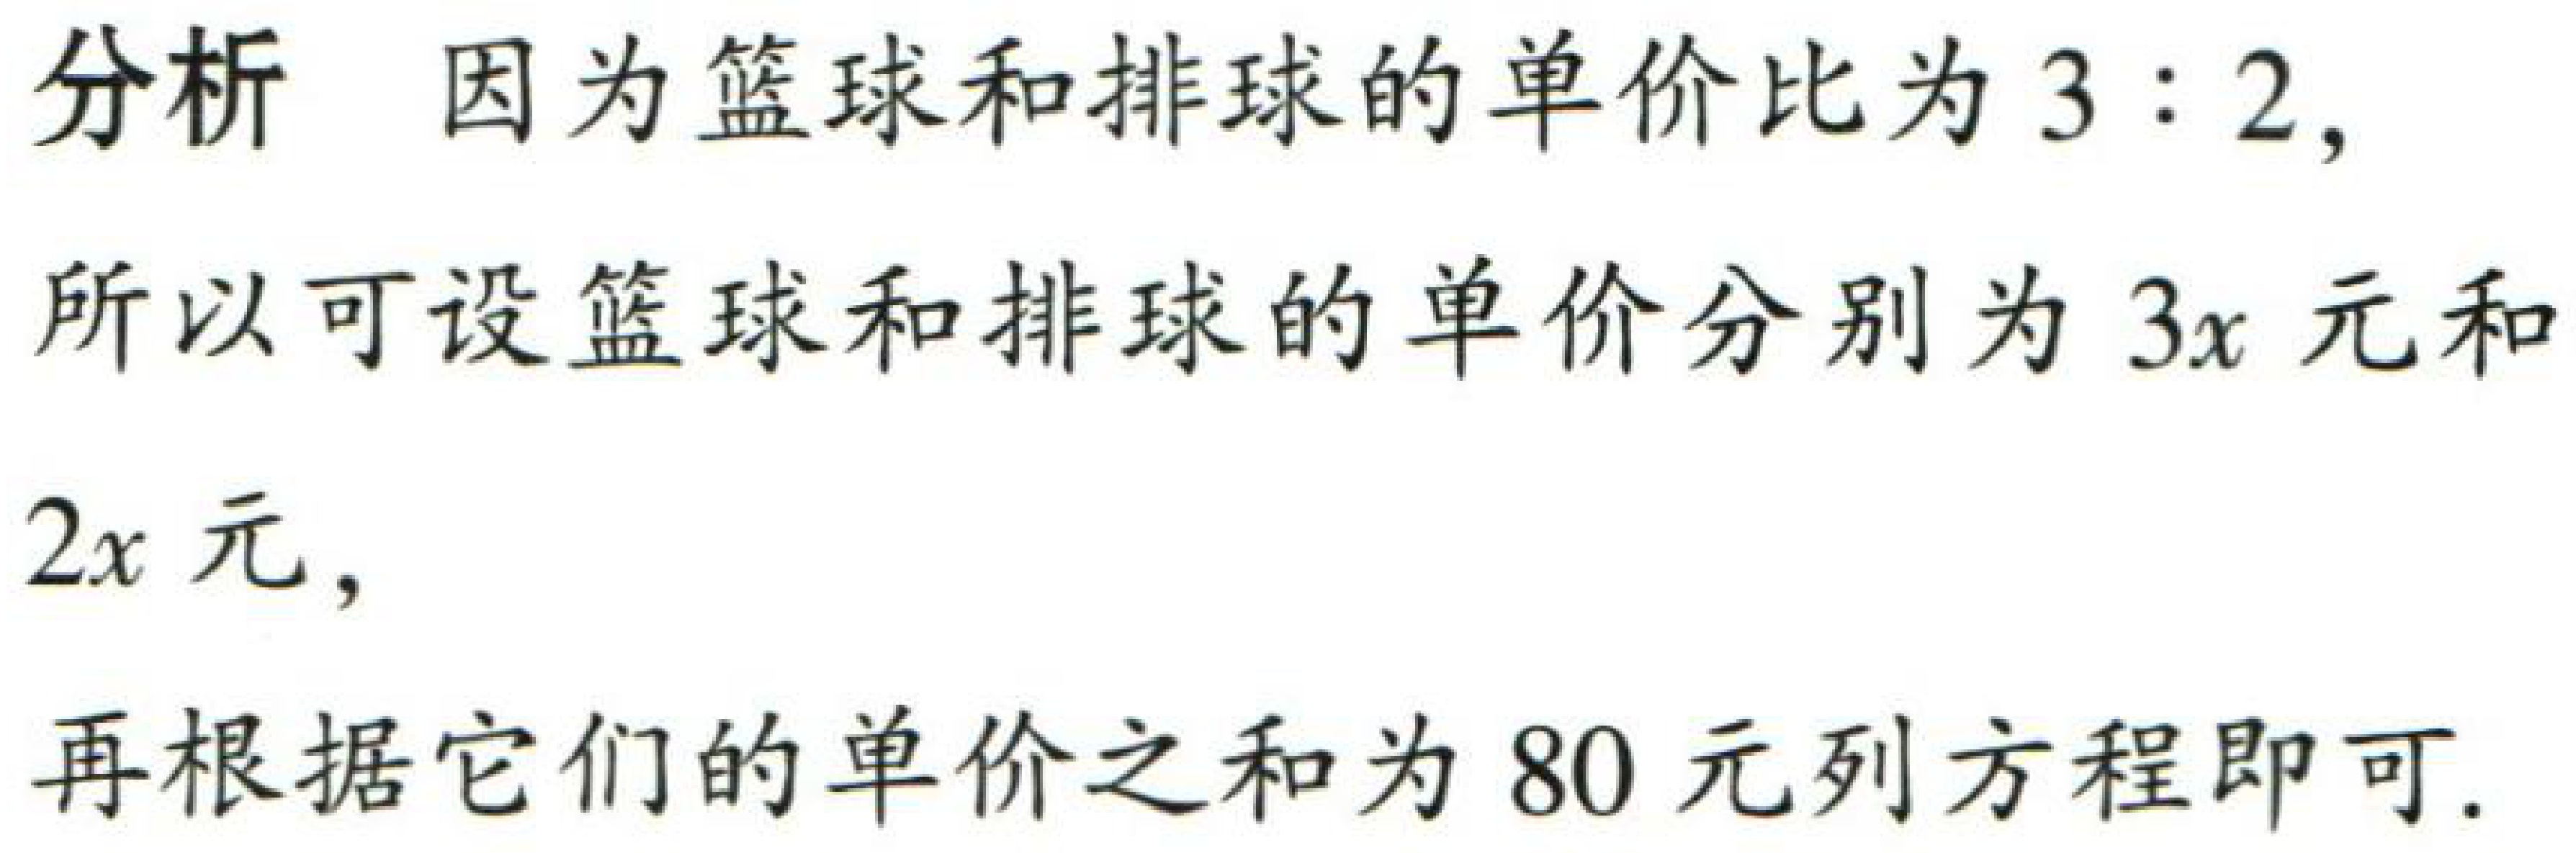
分析 因为篮球和排球的单价比为 \(3:2\)，

所以可设篮球和排球的单价分别为 \(3x\) 元和

\(2x\) 元，

再根据它们的单价之和为 \(80\) 元列方程即可.